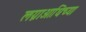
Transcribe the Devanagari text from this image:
लग्नाआधिच्या